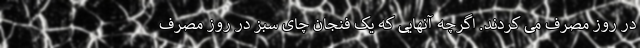
در روز مصرف می کردند. اگرچه آنهایی که یک فنجان چای سبز در روز مصرف